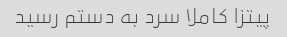
پیتزا کاملا سرد به دستم رسید